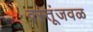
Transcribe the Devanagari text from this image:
वस्तूंजवळ